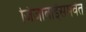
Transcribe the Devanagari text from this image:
जिजाबाईंसमवेत